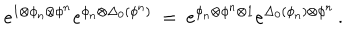
e ^ { 1 \otimes \phi _ { n } \otimes \phi ^ { n } } e ^ { \phi _ { n } \otimes \Delta _ { 0 } ( \phi ^ { n } ) } \ = \ e ^ { \phi _ { n } \otimes \phi ^ { n } \otimes 1 } e ^ { \Delta _ { 0 } ( \phi _ { n } ) \otimes \phi ^ { n } } \, .